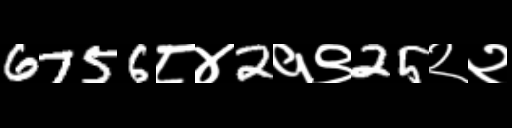
Text: 6756८४2१९25२२